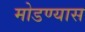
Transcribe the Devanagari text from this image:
मोडण्यास